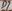
Text: D7